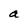
Character: a